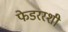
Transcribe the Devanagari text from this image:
फेडररशी